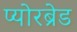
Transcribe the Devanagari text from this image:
प्योरब्रेड